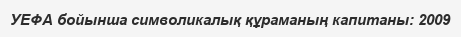
УЕФА бойынша символикалық құраманың капитаны: 2009